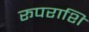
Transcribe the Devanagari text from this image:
रूपराशि